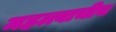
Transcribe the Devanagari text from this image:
महत्त्वाचीच